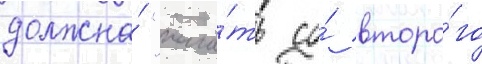
должна́ "нача́ть со́ второ́го